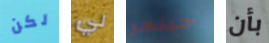
لكن لي جينجر بأن